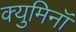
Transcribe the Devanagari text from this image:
क्युमिनॉ